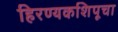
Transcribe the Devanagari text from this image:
हिरण्यकशिपूचा